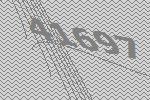
41697